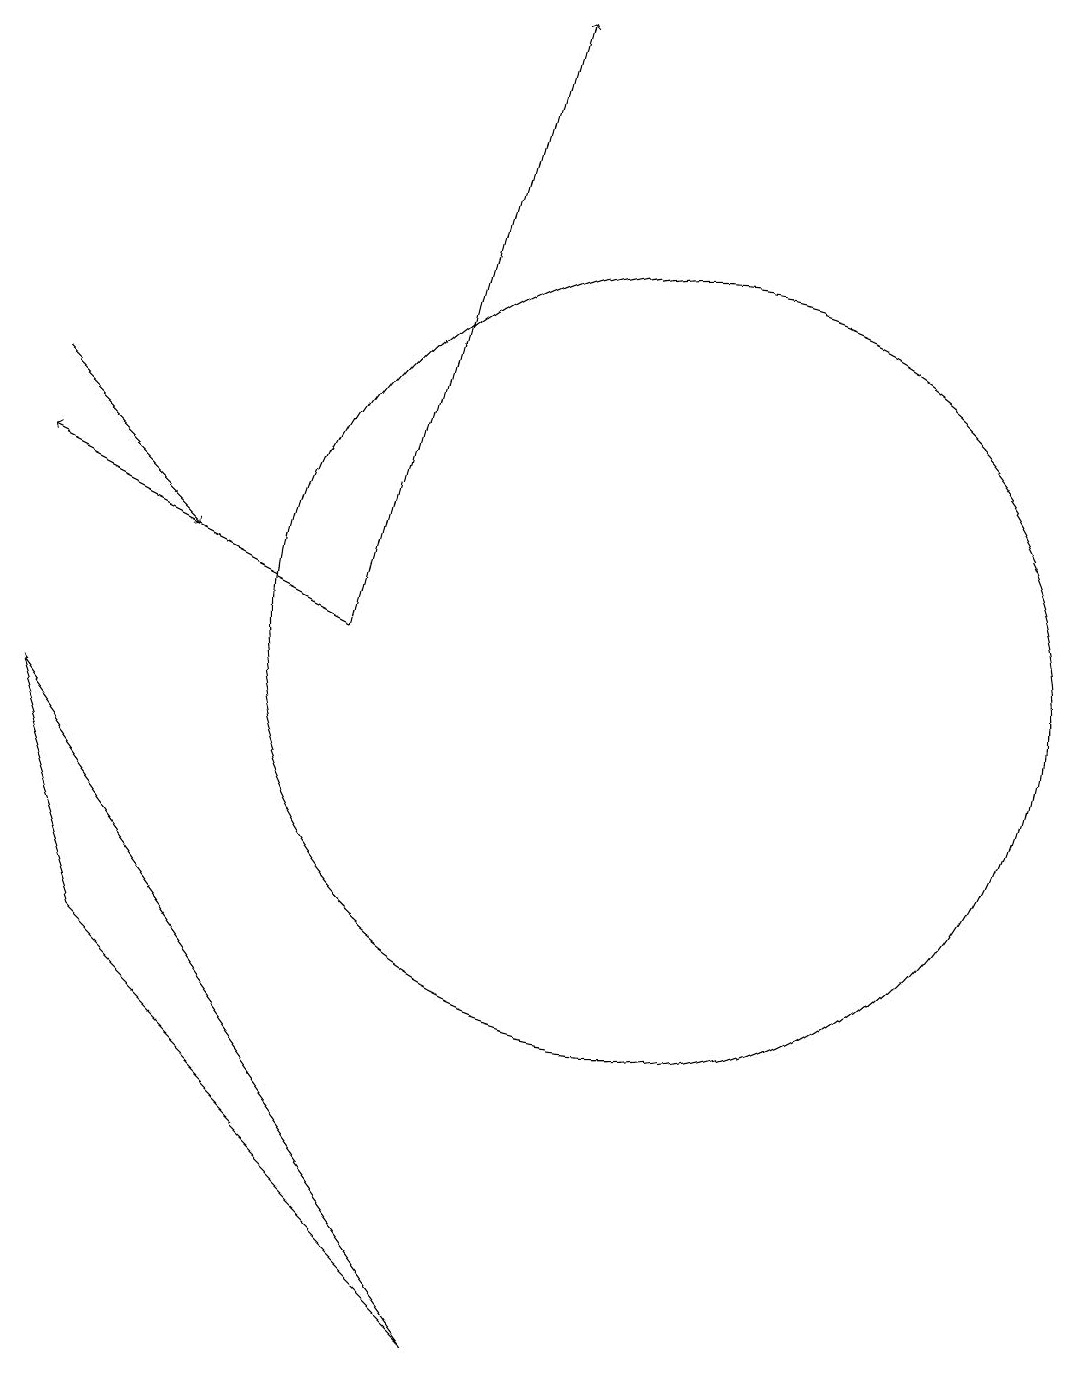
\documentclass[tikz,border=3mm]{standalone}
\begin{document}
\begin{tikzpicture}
\draw[->] (2,13) -- (4,11);
\draw (8,1) -- (2,9) -- (3,6) -- cycle;
\draw (10,10) circle (5);
\draw[->] (6,10) -- (2,12);
\draw[->] (6,10) -- (8,18);
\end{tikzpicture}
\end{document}